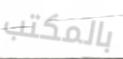
بالمكتب